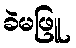
ခဲမဖြူ